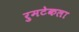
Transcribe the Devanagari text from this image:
रुमटेकला